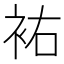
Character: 𧙗